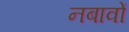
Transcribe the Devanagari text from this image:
नबावों